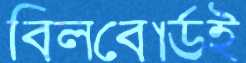
বিলবোর্ডই